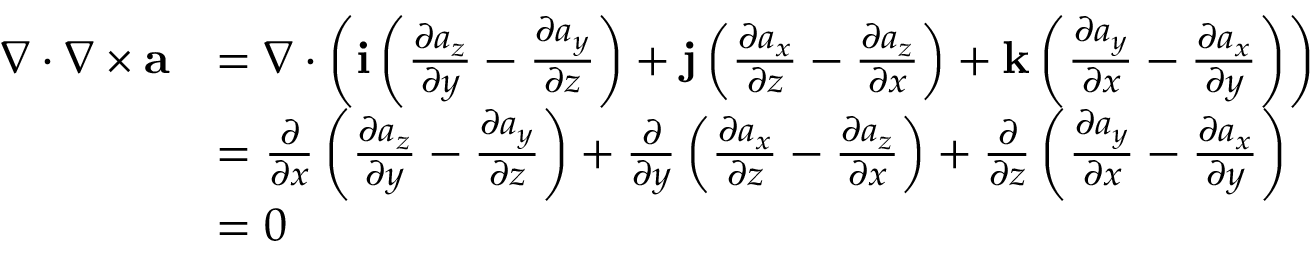
\begin{array} { r l } { \nabla \cdot \nabla \times { \mathbf a } } & { = \nabla \cdot \left( { \mathbf i } \left( \frac { \partial a _ { z } } { \partial y } - \frac { \partial a _ { y } } { \partial z } \right) + { \mathbf j } \left( \frac { \partial a _ { x } } { \partial z } - \frac { \partial a _ { z } } { \partial x } \right) + { \mathbf k } \left( \frac { \partial a _ { y } } { \partial x } - \frac { \partial a _ { x } } { \partial y } \right) \right) } \\ & { = \frac { \partial } { \partial x } \left( \frac { \partial a _ { z } } { \partial y } - \frac { \partial a _ { y } } { \partial z } \right) + \frac { \partial } { \partial y } \left( \frac { \partial a _ { x } } { \partial z } - \frac { \partial a _ { z } } { \partial x } \right) + \frac { \partial } { \partial z } \left( \frac { \partial a _ { y } } { \partial x } - \frac { \partial a _ { x } } { \partial y } \right) } \\ & { = 0 } \end{array}